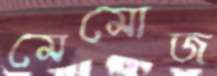
মেমোজ